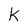
Character: k